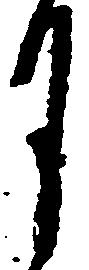
月